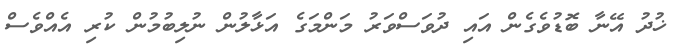
ޚުދު އޭނާ ބޮޑުވެގެން އައި ދުވަސްވަރު މަންމަގެ އަޅާލުން ނުލިބުމުން ކުރި އެއްވެސް